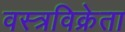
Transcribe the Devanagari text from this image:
वस्त्रविक्रेता